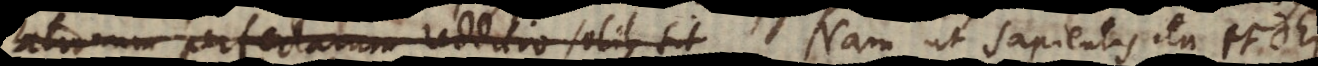
rationum perfectarum redditio potius sit Nam ut sapientis ita et Dei